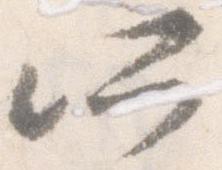
所